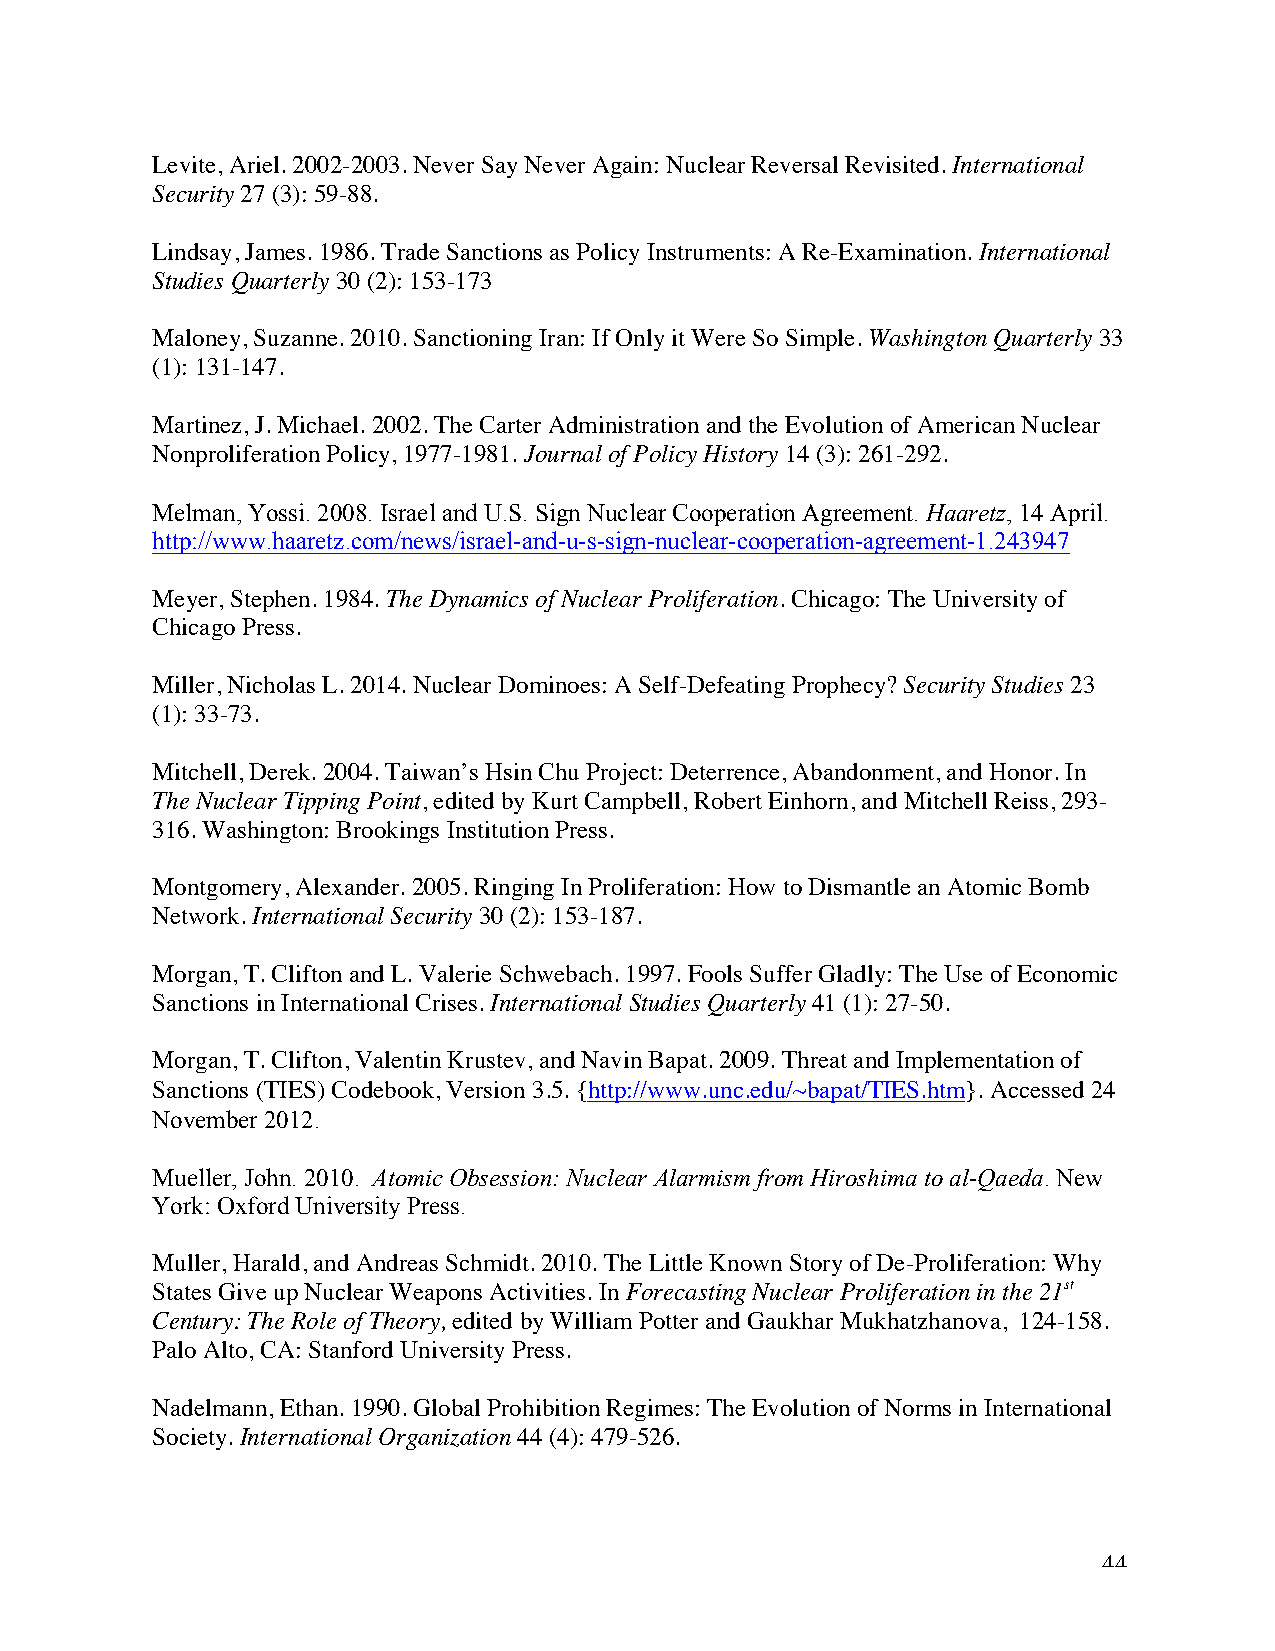
Levite, Ariel. 2002-2003. Never Say Never Again: Nuclear Reversal Revisited. International
 Security 27 (3): 59-88.
 Lindsay, James. 1986. Trade Sanctions as Policy Instruments: A Re-Examination. International
 Studies Quarterly 30 (2): 153-173
 Maloney, Suzanne. 2010. Sanctioning Iran: If Only it Were So Simple. Washington Quarterly 33
 (1): 131-147.
 Martinez, J. Michael. 2002. The Carter Administration and the Evolution of American Nuclear
 Nonproliferation Policy, 1977-1981. Journal of Policy History 14 (3): 261-292.
 Melman, Yossi. 2008. Israel and U.S. Sign Nuclear Cooperation Agreement. Haaretz, 14 April.
 http://www.haaretz.com/news/israel-and-u-s-sign-nuclear-cooperation-agreement-1.243947
 Meyer, Stephen. 1984. The Dynamics of Nuclear Proliferation. Chicago: The University of
 Chicago Press.
 Miller, Nicholas L. 2014. Nuclear Dominoes: A Self-Defeating Prophecy? Security Studies 23
 (1): 33-73.
 Mitchell, Derek. 2004. Taiwan’s Hsin Chu Project: Deterrence, Abandonment, and Honor. In
 The Nuclear Tipping Point, edited by Kurt Campbell, Robert Einhorn, and Mitchell Reiss, 293-
 316. Washington: Brookings Institution Press.
 Montgomery, Alexander. 2005. Ringing In Proliferation: How to Dismantle an Atomic Bomb
 Network. International Security 30 (2): 153-187.
 Morgan, T. Clifton and L. Valerie Schwebach. 1997. Fools Suffer Gladly: The Use of Economic
 Sanctions in International Crises. International Studies Quarterly 41 (1): 27-50.
 Morgan, T. Clifton, Valentin Krustev, and Navin Bapat. 2009. Threat and Implementation of
 Sanctions (TIES) Codebook, Version 3.5. {http://www.unc.edu/~bapat/TIES.htm}. Accessed 24
 November 2012.
 Mueller, John. 2010. Atomic Obsession: Nuclear Alarmism from Hiroshima to al-Qaeda. New
 York: Oxford University Press.
 Muller, Harald, and Andreas Schmidt. 2010. The Little Known Story of De-Proliferation: Why
 States Give up Nuclear Weapons Activities. In Forecasting Nuclear Proliferation in the 21st
 Century: The Role of Theory, edited by William Potter and Gaukhar Mukhatzhanova, 124-158.
 Palo Alto, CA: Stanford University Press.
 Nadelmann, Ethan. 1990. Global Prohibition Regimes: The Evolution of Norms in International
 Society. International Organization 44 (4): 479-526.
 44